Annual administration report of the Civil Veterinary Department of India - 1892-1893
Year: 1892
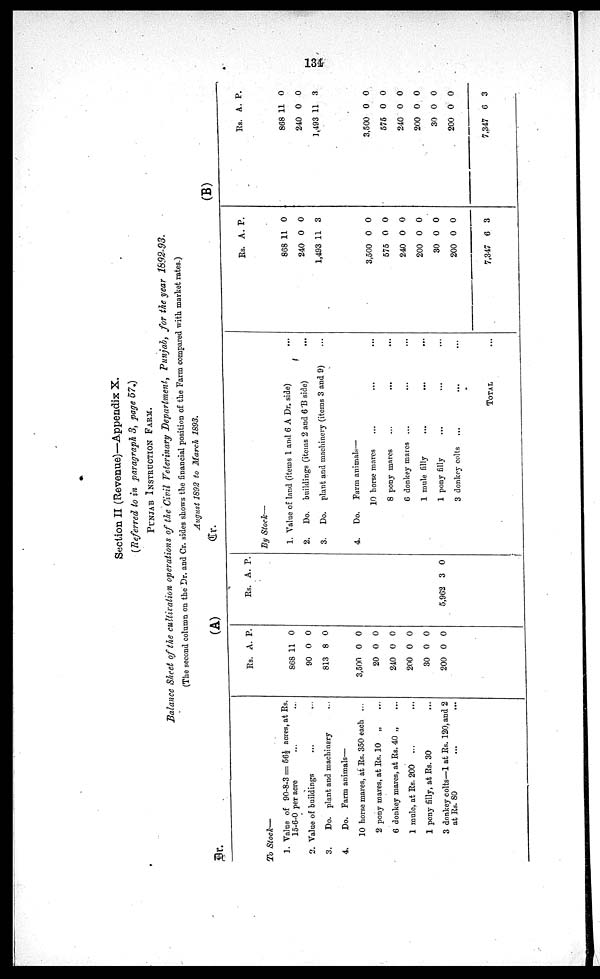
134
Section II (Revenue)—Appendix X.
(Referred to in paragraph 3, page 57.)
PUNJAB INSTRUCTION FARM.
Balance Sheet of the cultivation operations of the Civil Veterinary Department,
Punjab, for the year
1892-93.
(The second column on the Dr. and Cr. sides shows the financial position of the Farm compared with market rates.)
August 1892 to March 1893.
Cr.
To Stock—
1. Value of 90-8-3=56½ acres, at Rs.
15-6-0 per acre ... ...
2. Value of buildings ... ...
3.
Do. plant and machinery ...
4.
Do. Farm animals—
10 horse mares, at Rs. 350 each ...
2 pony mares, at Rs. 10 „ ...
6 donkey mares, at Rs. 40 „ ...
1 mule, at Rs. 200 ... ...
1 pony filly, at Rs. 30 ...
3 donkey colts—1 at Rs. 120, and 2
at Rs. 80 ... ...
(A)
Rs. A. P.
868
90
813
11
0
8
0
0
0
3,500
20
240
200
30
200
0
0
0
0
0
0
0
0
0
0
0
0
Rs. A . P.
5,962 3 0
Dr.
By Stock—
1. Value of land (items 1 and 6 A Dr. side)
...
2.
Do. buildings (items 2 and 6 B side) ...
3.
Do. plant and machinery (items 3 and 9) ...
4.
Do. Farm animals—
10 horse mares ... ... ...
8 pony mares ... ... ...
6 donkey mares ... ... ...
1 mule
filly
...
... ...
1 pony
filly
... ... ...
3 donkey colts ... ... ...
TOTAL ...
(B)
Rs. A. P.
868
240
1,493
11
0
11
0
0
3
3,500
575
240
200
30
200
7,347
0
0
0
0
0
0
6
0
0
0
0
0
0
3
Rs. A. P.
868
240
1,493
11
0
11
0
0
3
3,500
575
240
200
30
200
7,347
0
0
0
0
0
0
6
0
0
0
0
0
0
3